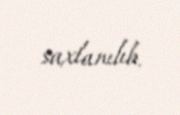
saxlanılıb.